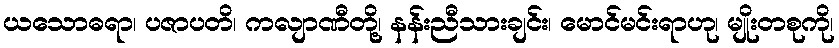
ယသောဓရာ၊ ပဇာပတိ၊ ကလျာဏီတို့၊ နန်းညီသားချင်း၊ မောင်မင်းရာဟု၊ မျိုးတစုကို၊